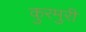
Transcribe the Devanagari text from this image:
कुरमुरी